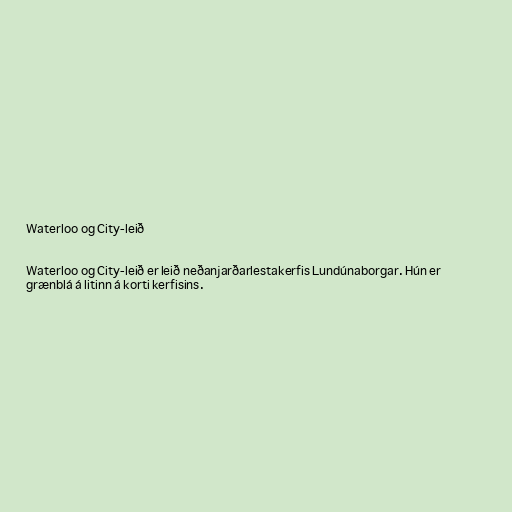
Waterloo og City-leið

Waterloo og City-leið er leið neðanjarðarlestakerfis Lundúnaborgar. Hún er
grænblá á litinn á korti kerfisins.